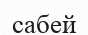
сабей